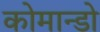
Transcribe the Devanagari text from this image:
कोमान्डो